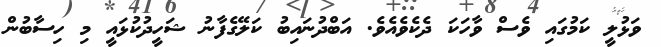
ވަޅުލީ ކަމުގައި ވެސް ވާހަކަ ދެކެވެއެވެ. އަބްދުނައިބު ކަލޭގެފާނު ޝަހީދުކުޅައީ މި ހިސާބުން